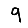
Digit: 9